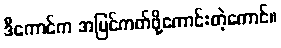
ဒီကောင်က အမြင်ကတ်ဖို့ကောင်းတဲ့ကောင်။